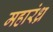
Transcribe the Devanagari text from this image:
महारंध्र